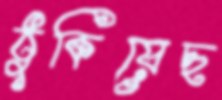
ঠুকিয়েছ